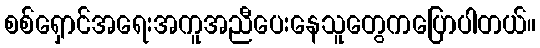
စစ်ရှောင်အရေးအကူအညီပေးနေသူတွေကပြောပါတယ်။